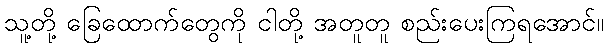
သူ့တို့ ခြေထောက်တွေကို ငါတို့ အတူတူ စည်းပေးကြရအောင်။